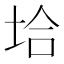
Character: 垥